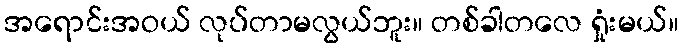
အရောင်းအဝယ် လုပ်တာမလွယ်ဘူး။ တစ်ခါတလေ ရှုံးမယ်။